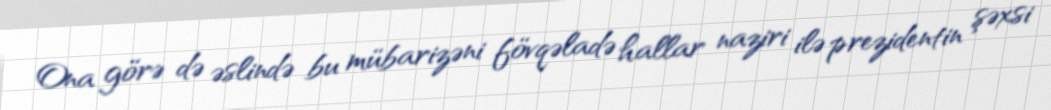
Ona görə də əslində bu mübarizəni fövqəladə hallar naziri ilə prezidentin şəxsi